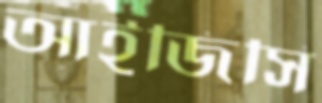
আইজিসি